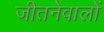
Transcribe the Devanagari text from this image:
जीतनेवालों